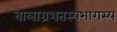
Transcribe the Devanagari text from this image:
बालाग्रशतस्यभागस्य